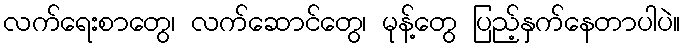
လက်ရေးစာတွေ၊ လက်ဆောင်တွေ၊ မုန့်တွေ ပြည့်နှက်နေတာပါပဲ။